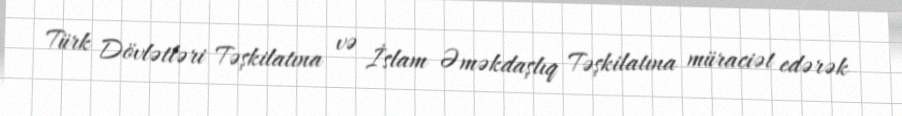
Türk Dövlətləri Təşkilatına və İslam Əməkdaşlıq Təşkilatına müraciət edərək